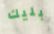
بليك